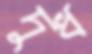
দুধ